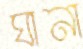
ঘানা